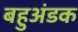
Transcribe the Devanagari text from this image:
बहुअंडक